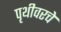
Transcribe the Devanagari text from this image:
पृथीवरचे